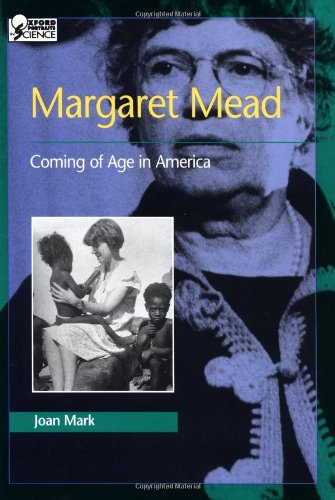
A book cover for Margaret Mead: Coming of Age in America (Oxford Portraits in Science); Joan Mark; Teen & Young Adult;